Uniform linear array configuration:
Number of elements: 4
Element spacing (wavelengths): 0.75
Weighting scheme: hann
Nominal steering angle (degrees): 60
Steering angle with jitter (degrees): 58.799
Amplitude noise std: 0.05
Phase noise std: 0.05

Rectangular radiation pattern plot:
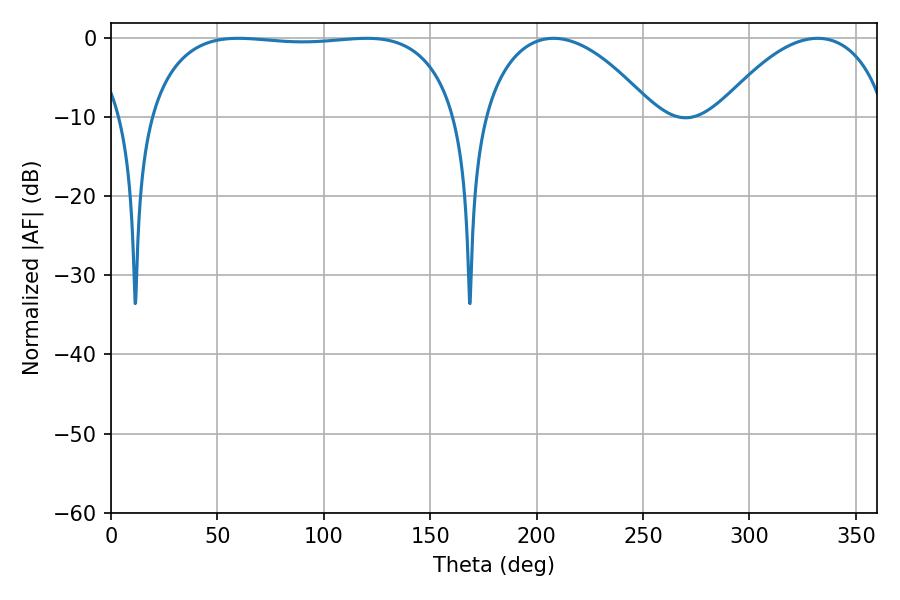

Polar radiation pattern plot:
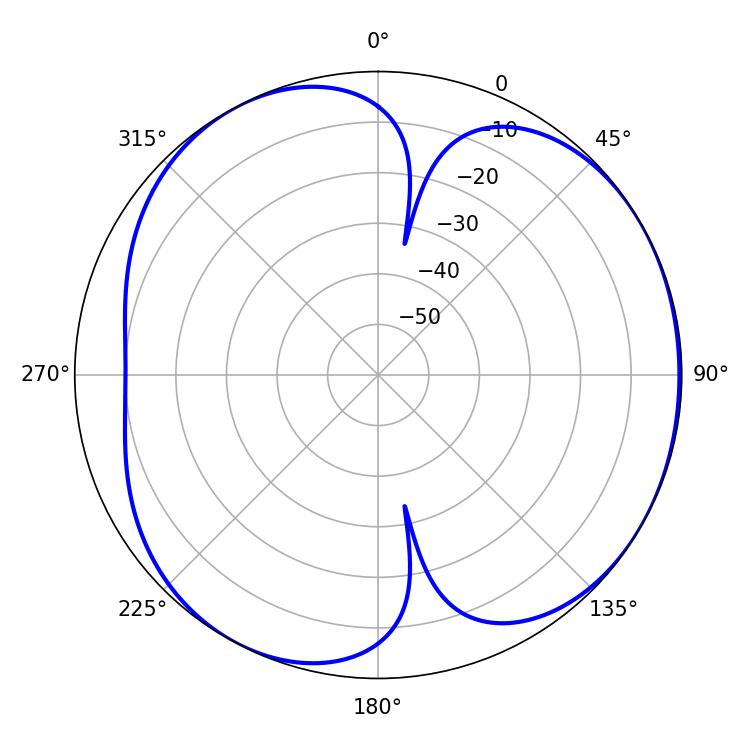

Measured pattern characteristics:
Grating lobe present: TRUE
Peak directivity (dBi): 4.495
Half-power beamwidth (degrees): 115.56
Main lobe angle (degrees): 59.76